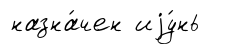
назна́чен иjу́нь